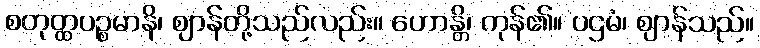
စတုတ္ထပဉ္စမာနိ၊ ဈာန်တို့သည်လည်း။ ဟောန္တိ၊ ကုန်၏။ ပဌမံ၊ ဈာန်သည်။